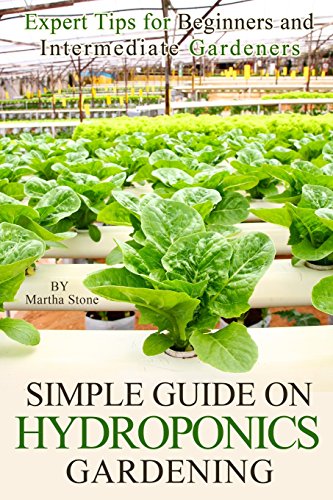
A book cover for Simple Guide on Hydroponics Gardening: Expert Tips for Beginners and Intermediate Gardeners; Martha Stone; Crafts, Hobbies & Home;